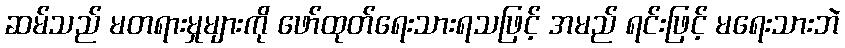
ဆမ်သည် မတရားမှုများကို ဖော်ထုတ်ရေးသားရသဖြင့် အမည် ရင်းဖြင့် မရေးသားဘဲ